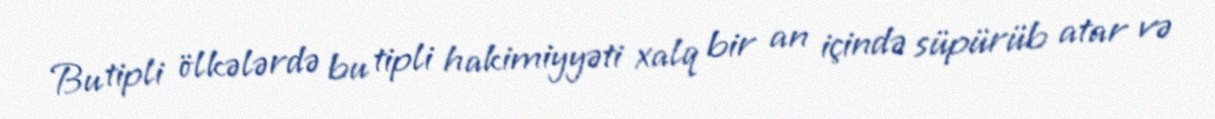
Bu tipli ölkələrdə bu tipli hakimiyyəti xalq bir an içində süpürüb atar və